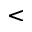
<